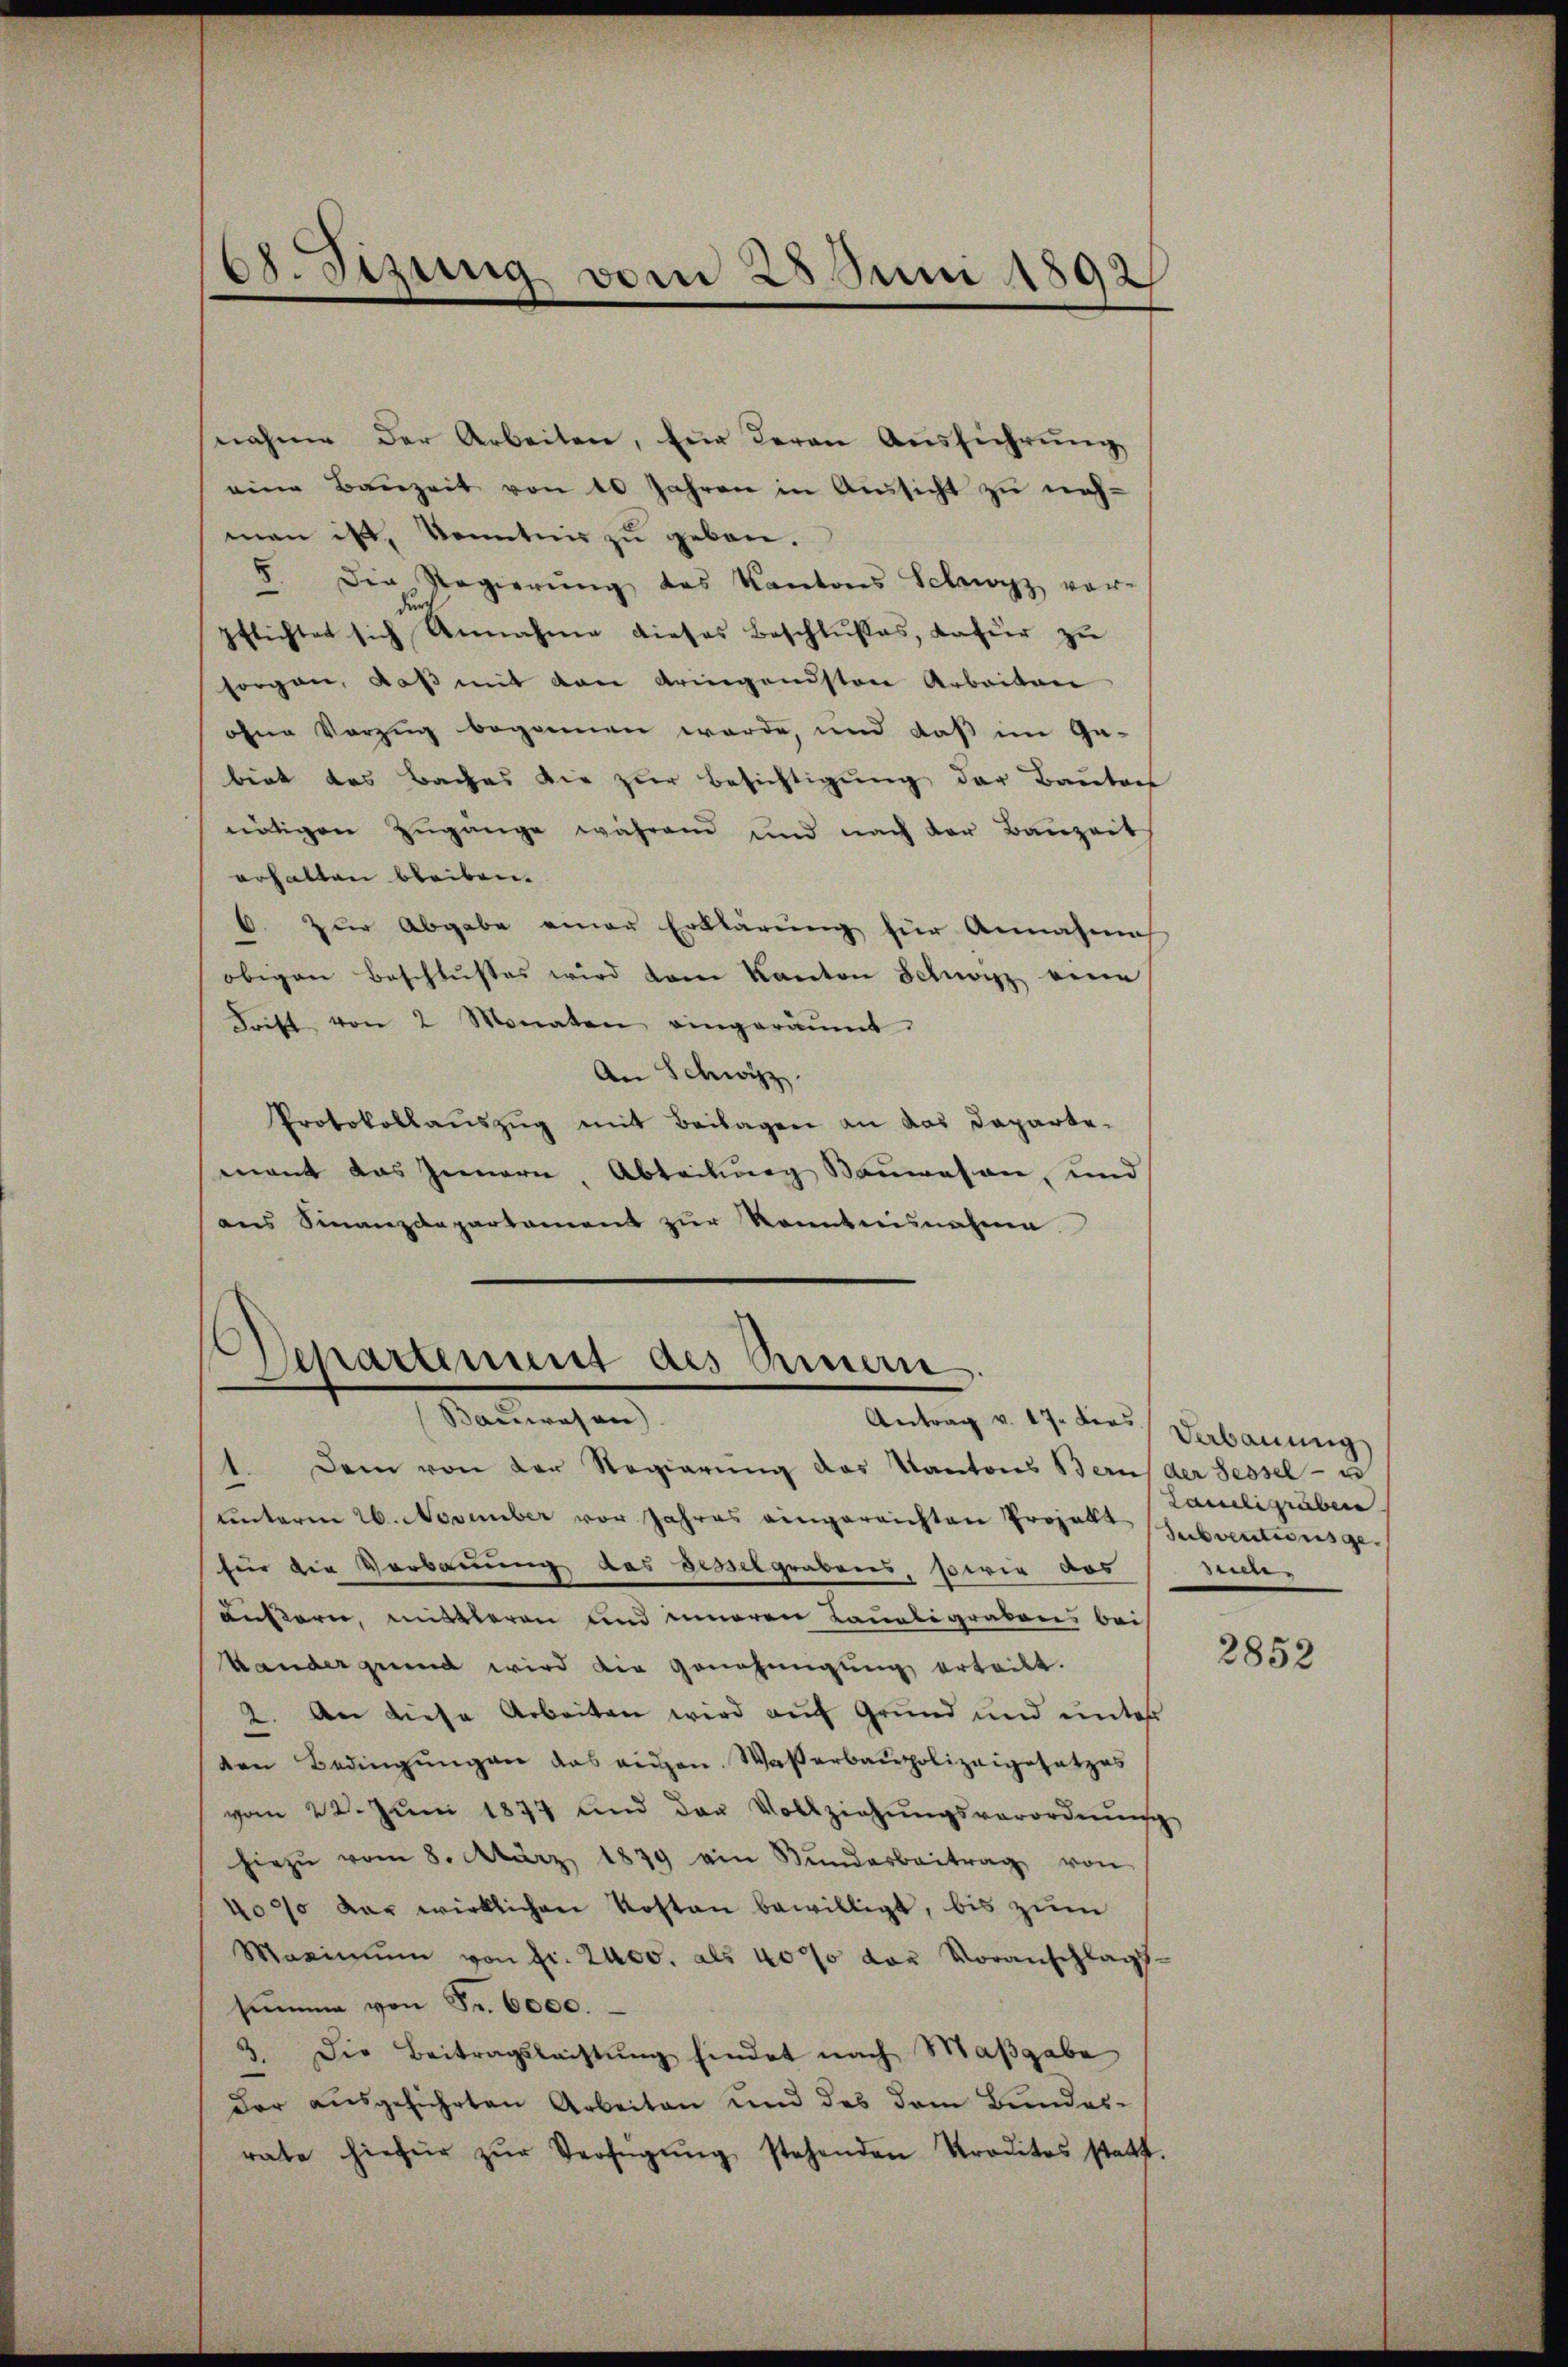
6. Sizung vom 25 Juni 1892

nahme der Arbeiten, für Herrn Ausführung
eine Bauzeit von 10 Jahren in Aussicht zu nehman ist, konntnis zu geben.
5. Die Regierŭng des Kantons Schwyz vor-
pflichtet sich Annahme dieses Beschlußes, dafür zu
sorgen, daß mit den dringendsten Arbeiten
ohne Vorzug begonnen werde, und daß im Gabiet das Baches die zur Besichtigung der Bautach
nötigen Zugänge während und nach der Bauzeit
erhalten bleiben.
6. Zur Abgabe einer Erklärung für Annahme
obigen Beschlŭsses wird dem Kanton Schwyz eine
Frift von 2 Monaten eingeräumt.
An Schwyz.
Protokollauszug mit Beilagen an das Departe
mant das Innern, Abteilung Bauwesen, und
aus Finanzdepartament zur konntensnahme

Separtement des Einen.

1. Dem von der Regierŭng des Kantons Bern der Gesell
ŭnterm 26. November vor Jahres eingereichten Projekt (subventionsge
für die Verbauung das besselgrabens, sowie aus
äußern, mittleren und inneren Bauligrabens bei
Hander grund wird die Genehmigung erteilt.
2. An diese Arbeiten wird auf Grund und unter
den Bedingŭngen das eigen. Waßerbaupolizeigesetzes
vom 22. Jŭni 1877 und das Vollziehŭngsverordnung
hiezŭ vom 8. März 1879 ain Kŭndarbeitrag von
40% der wirklichen Kosten bewilligt, bis zum
Maximum von fr. 2400. als 40% der Voranschlags-
summe von Fr. 6000.
3. Die Beitragsleistŭng findet nach Maßgabe
der ausgeführten Arbeiten und des dem Bundes-
rate hiefür zŭr Verfügŭng stehenden Proditas statt.

Laudligraben
ere

2852